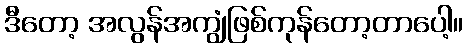
ဒီတော့ အလွန်အကျွံဖြစ်ကုန်တော့တာပေါ့။